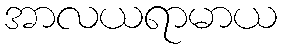
အာလယရာမာယ